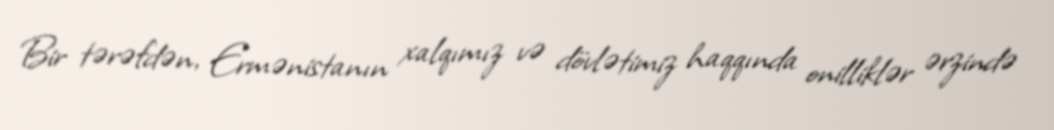
Bir tərəfdən, Ermənistanın xalqımız və dövlətimiz haqqında onilliklər ərzində